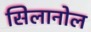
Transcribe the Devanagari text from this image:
सिलानोल